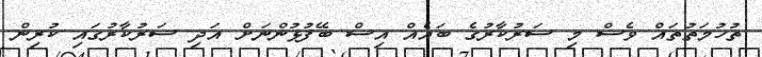
ތުހުމަތުތައް ވެސް މި ސަރުކާރުގެ ބައެއް އިސް ބޭފުޅުންނަށް އަދި ސަރުކާރުގައި ކުރިން